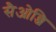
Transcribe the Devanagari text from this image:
सैओन्जि